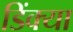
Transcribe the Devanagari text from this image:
डिंक्या